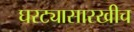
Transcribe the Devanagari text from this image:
घरट्यासारखीच